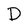
Character: D